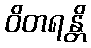
ဝိတရန္တိ